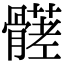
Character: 𩪒